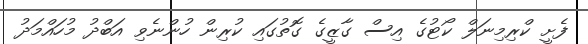
ފެށީ ކްރިމިނަލް ކޯޓުގެ އިސް ގާޒީގެ ގޮތުގައި ކުރިން ހުންނެވި އަބްދު މުހައްމަދު